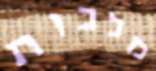
מלכות